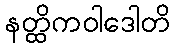
နတ္ထိကဝါဒေါတိ